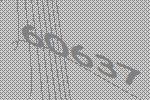
60637